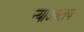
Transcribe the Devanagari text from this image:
न्याआलय